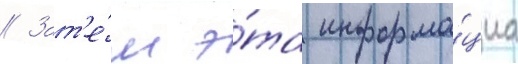
// Зат'е́м э́та информа́циа